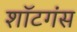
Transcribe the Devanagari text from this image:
शॉटगंस